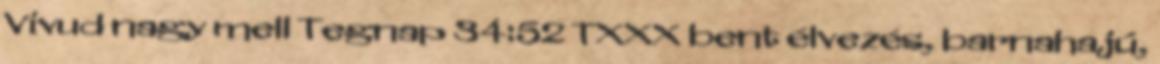
Vivud nagy mell Tegnap 34:52 TXXX bent élvezés, barnahajú,